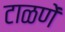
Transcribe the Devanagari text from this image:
टाळणें